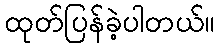
ထုတ်ပြန်ခဲ့ပါတယ်။